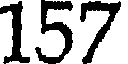
157